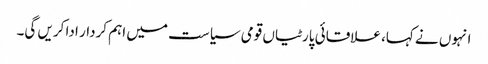
انہوں نے کہا، علاقائی پارٹیاں قومی سیاست میں اہم کردار ادا کریں گی۔